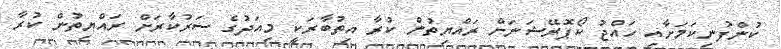
ކުންފުނިކަމަށާއި ހައްޖު ކޯޕޮރޭޝަނަށް ރައްޔިތުން ކުރާ އިތުބާރަކީ މިއަދުގެ ސަރުކާރަށް ރައްޔިތުން ކުރާ